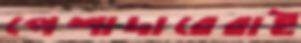
পেশাদারেরাই